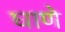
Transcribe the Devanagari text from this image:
घाणे